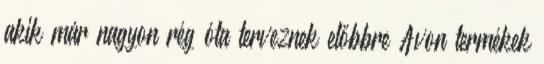
akik már nagyon rég óta terveznek előbbre Avon termékek